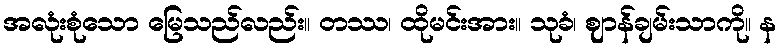
အလုံးစုံသော မြေသည်လည်း။ တဿ၊ ထိုမင်းအား။ သုခံ၊ ဈာန်ချမ်းသာကို။ န